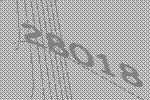
28018